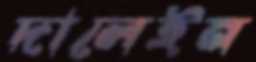
দালেইন